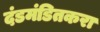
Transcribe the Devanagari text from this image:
दंडमंडितकरा